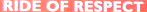
RIDE OF RESPECT